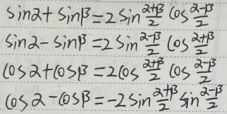
\(\sin\alpha+\sin\beta = 2\sin\frac{\alpha+\beta}{2}\cos\frac{\alpha - \beta}{2}\)

\(\sin\alpha-\sin\beta = 2\cos\frac{\alpha+\beta}{2}\sin\frac{\alpha - \beta}{2}\)

\(\cos\alpha+\cos\beta = 2\cos\frac{\alpha+\beta}{2}\cos\frac{\alpha - \beta}{2}\)

\(\cos\alpha-\cos\beta=-2\sin\frac{\alpha+\beta}{2}\sin\frac{\alpha - \beta}{2}\)